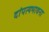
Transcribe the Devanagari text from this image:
दांपत्यभावना